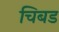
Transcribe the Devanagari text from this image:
चिबड